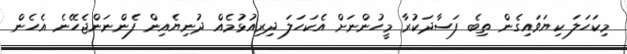
މިކަހަލަ ކިޔަވައިގެން ތިބެ ފަސާދަކުރާ މީހުންނަށް އެކަހަލަ ދިރިއުޅުމެއް ދުނިޔެއިން ފެންނަންޖެހޭނެ އެހެން